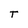
Character: T